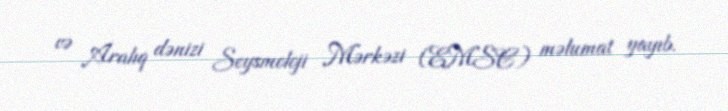
və Aralıq dənizi Seysmoloji Mərkəzi (EMSC) məlumat yayıb.